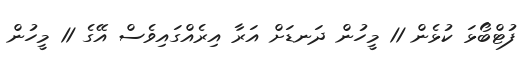
ފުޓްބޯޅަ ކުޅެން 11 މީހުން ދަނޑަށް އަރާ އިރެއްގައިވެސް އޭގެ 11 މީހުން